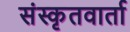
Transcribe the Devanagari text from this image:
संस्कृतवार्ता